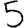
Digit: 5